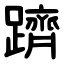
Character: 躋